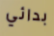
بدائي